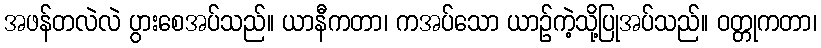
အဖန်တလဲလဲ ပွားစေအပ်သည်။ ယာနီကတာ၊ ကအပ်သော ယာဉ်ကဲ့သို့ပြုအပ်သည်။ ဝတ္တုကတာ၊